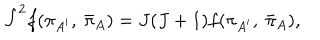
{ \hat { J } } ^ { 2 } f ( \pi _ { A ^ { \prime } } , \ { \bar { \pi } } _ { A } ) = J ( J + 1 ) f ( \pi _ { A ^ { \prime } } , \ { \bar { \pi } } _ { A } ) ,